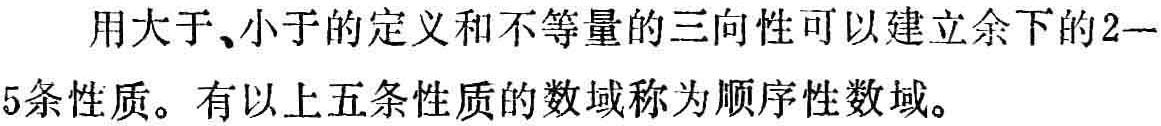
用大于、小于的定义和不等量的三向性可以建立余下的2—5条性质。有以上五条性质的数域称为顺序性数域。